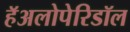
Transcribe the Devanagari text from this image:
हॅअलोपेरिडॉल